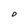
Character: 0